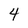
Character: 4